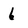
Character: 6